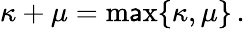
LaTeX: \kappa+\mu=\operatorname*{m\mathsf{a}x}\{ \kappa,\mu\} \, .